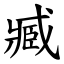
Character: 臧